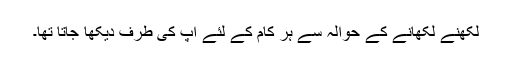
لکھنے لکھانے کے حوالہ سے ہر کام کے لئے آپ کی طرف دیکھا جاتا تھا۔